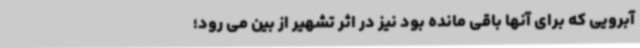
آبرویی که برای آنها باقی مانده بود نیز در اثر تشهیر از بین می رود؛